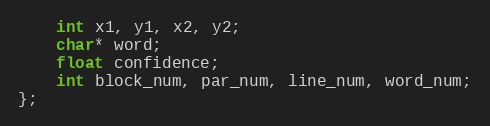
Language: C
    int x1, y1, x2, y2;
    char* word;
    float confidence;
    int block_num, par_num, line_num, word_num;
};